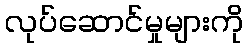
လုပ်ဆောင်မှုများကို